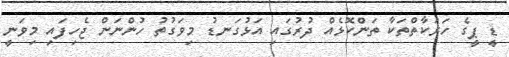
ޑީ ޕީީގެ ހަރަކާތްތަކާ ތަންކޮޅެއް ދުރުގައި އަޅުގަނޑު މިވަގުތު ހުންނަން ޖެހިފައި މިވަނީ